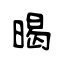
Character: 暍